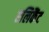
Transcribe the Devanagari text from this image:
एलिकैंट